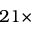
2 1 \times